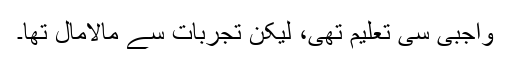
واجبی سی تعلیم تھی، لیکن تجربات سے مالامال تھا۔